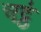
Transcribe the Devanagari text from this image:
चट्ठे